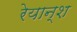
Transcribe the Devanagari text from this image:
रेयान्श